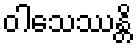
ဝါသေဿန္တိ